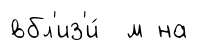
вбл'из'и́ м на